Annual statistical returns and brief notes on vaccination in Bengal - 1909-1929
Year: 1909
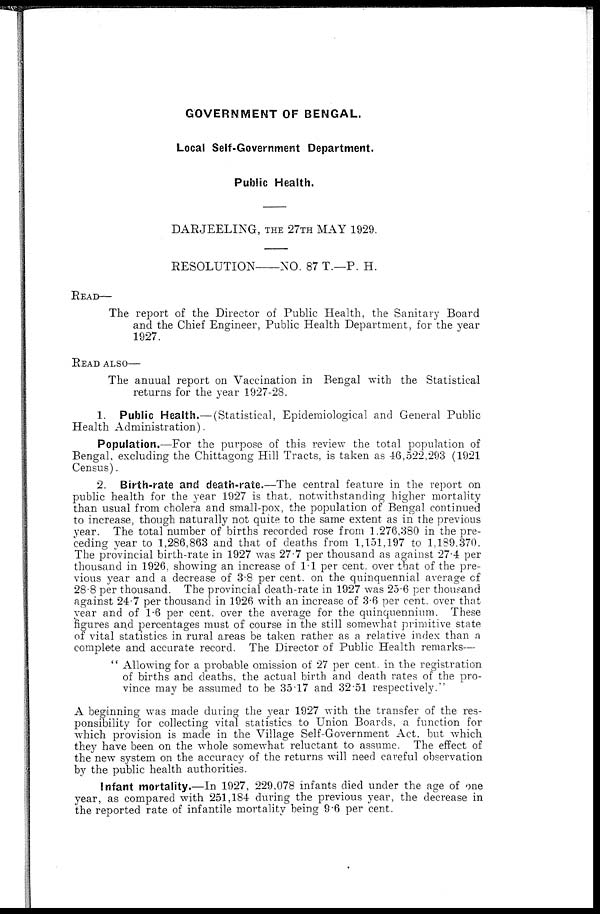
GOVERNMENT OF BENGAL.
Local Self-Government Department.
Public Health.
DARJEELING, THE 27TH MAY 1929.
RESOLUTION—NO. 87 T.—P. H.
READ—
The report of the Director of Public Health, the Sanitary Board
and the Chief Engineer, Public Health Department, for the year
1927.
READ ALSO—
The anuual report on Vaccination in Bengal with the Statistical
returns for the year 1927-28.
1. Public Health.— (Statistical, Epidemiological and General Public
Health Administration).
Population.—For the purpose of this review the total population of
Bengal, excluding the Chittagong Hill Tracts, is taken as 46,522,293 (1921
Census).
2. Birth-rate and death-rate.—The central feature in the report on
public health for the year 1927 is that, notwithstanding higher mortality
than usual from cholera and small-pox, the population of Bengal continued
to increase, though naturally not quite to the same extent as in the previous
year. The total number of births recorded rose from 1,276,380 in the pre-
ceding year to 1,286,863 and that of deaths from 1,151,197 to 1,189,370.
The provincial birth-rate in 1927 was 27.7 per thousand as against 27.4 per
thousand in 1926, showing an increase of 1.1 per cent. over that of the pre-
vious year and a decrease of 3.8 per cent. on the quinquennial average of
28.8 per thousand. The provincial death-rate in 1927 was 25.6 per thousand
against 24.7 per thousand in 1926 with an increase of 3.6 per cent. over that
year and of 1.6 per cent. over the average for the quinquennium. These
figures and percentages must of course in the still somewhat primitive state
of vital statistics in rural areas be taken rather as a relative index than a
complete and accurate record. The Director of Public Health remarks—
" Allowing for a probable omission of 27 per cent. in the registration
of births and deaths, the actual birth and death rates of the pro-
vince may be assumed to be 35.17 and 32.51 respectively."
A beginning was made during the year 1927 with the transfer of the res-
ponsibility for collecting vital statistics to Union Boards, a function for
which provision is made in the Village Self-Government Act, but which
they have been on the whole somewhat reluctant to assume. The effect of
the new system on the accuracy of the returns will need careful observation
by the public health authorities.
Infant mortality.—In 1927, 229,078 infants died under the age of one
year, as compared with 251,184 during the previous year, the decrease in
the reported rate of infantile mortality being 9.6 per cent.